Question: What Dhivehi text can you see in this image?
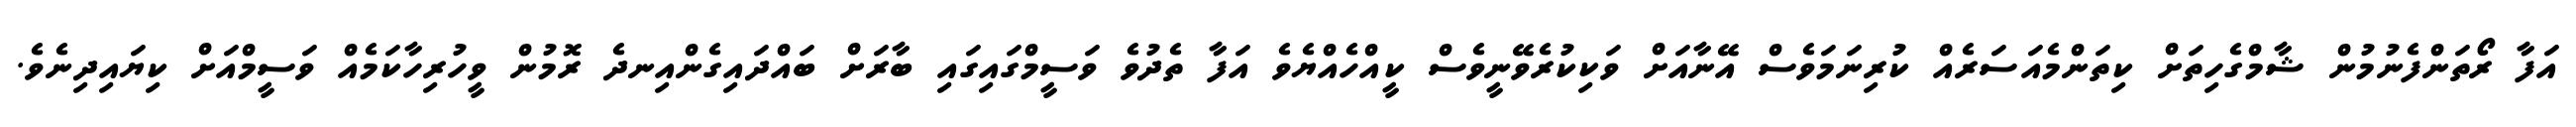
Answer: އަފާ ރޯތަންފެނުމުން ޝާމްގެހިތަށް ކިތަންމެއަސަރެއް ކުރިނަމަވެސް އޭނާއަށް ވަކިކުރެވޭނީވެސް ކީއްހެއްޔެވެ އަފާ ތެދުވެ ވަސީމްގައިގައި ބާރަށް ބައްދައިގެންއިނދެ ރޮމުން ވީހުރިހާކަމެއް ވަސީމްއަށް ކިޔައިދިނެވެ.